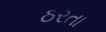
ઠરતા